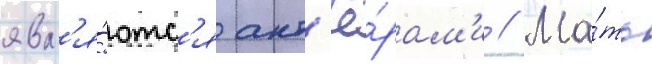
явл'я́ютс'я акт'ё́рам'и // Ма́ть